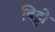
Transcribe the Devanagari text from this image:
बिट्टो